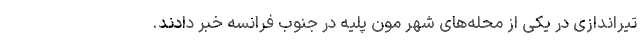
تیراندازی در یکی از محله‌های شهر مون پلیه در جنوب فرانسه خبر دادند.